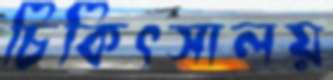
চিকিৎসালয়